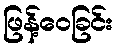
ဖြန့်ဝေခြင်း